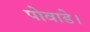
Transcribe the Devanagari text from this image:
पोवाडे।